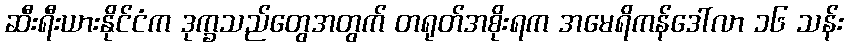
ဆီးရီးယားနိုင်ငံက ဒုက္ခသည်တွေအတွက် တရုတ်အစိုးရက အမေရိကန်ဒေါ်လာ ၁၆ သန်း